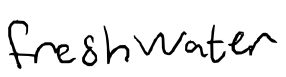
Text: freshwater
Cross-out: clean
Writing tool: digital_black